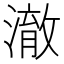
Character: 澈